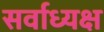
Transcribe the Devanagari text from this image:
सर्वाध्यक्ष